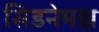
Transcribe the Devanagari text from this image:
सिडनेमझ